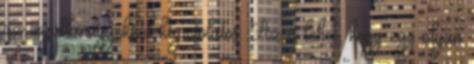
az ingatlanügyekkel kapcsolatos. Az is lehet, hogy egy olyan